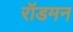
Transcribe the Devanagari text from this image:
रॉडमन